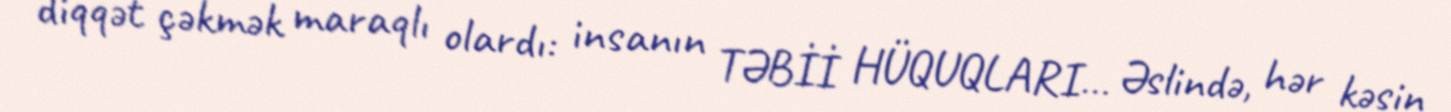
diqqət çəkmək maraqlı olardı: insanın TƏBİİ HÜQUQLARI… Əslində, hər kəsin